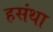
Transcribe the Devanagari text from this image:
हसंथा